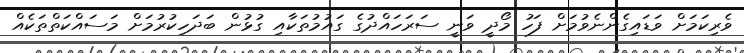
ވެރިކަމަށް ވަޑައިގެންނެވުމަށް ފަހު މޯދީ ވަނީ ސަރަހައްދުގެ ގައުމުތަކާއި ގުޅުން ބަދަހިކުރުމަށް މަސައްކަތްތަކެއް